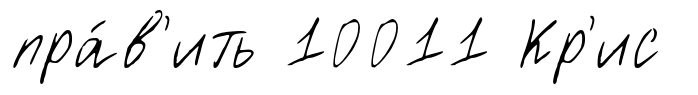
пра́в'ить 10011 Кр'ис